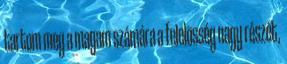
tartom meg a magam számára a felelõsség nagy részét,